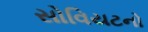
સોવિયટનો